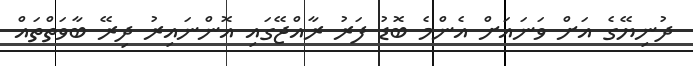
ދުނިޔޭގެ އަށް ވަނައަށް އެންމެ ބޮޑު ފަރު ރާއްޖޭގައި އޮންނައިރު ދިރޭ ބާވަތްތައް